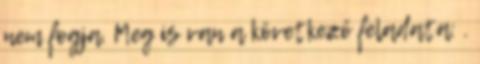
nem fogja. Meg is van a következő feladata: .